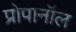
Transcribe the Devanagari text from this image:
प्रोपानॉल